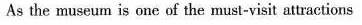
As the museum is one of the must-visit atractions